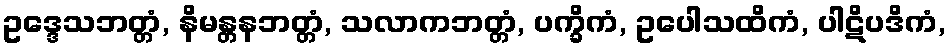
ဥဒ္ဒေသဘတ္တံ, နိမန္တနဘတ္တံ, သလာကဘတ္တံ, ပက္ခိကံ, ဥပေါသထိကံ, ပါဋိပဒိကံ,